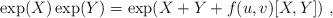
LaTeX: \begin{align*}\exp(X) \exp(Y)= \exp({X+Y+f(u,v)[X,Y]}) \ ,\end{align*}